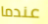
عندما